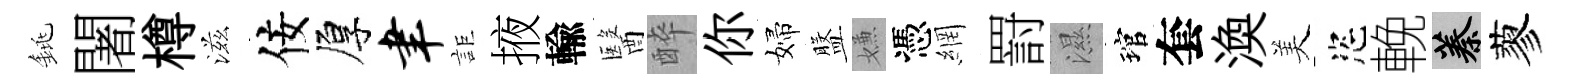
銚闍樽滋佞厚聿詎掖輸醫醉你婦盤嫌憑網罸濕琯套渙美恣輓蓁蓼